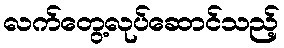
လက်တွေ့လုပ်ဆောင်သည့်